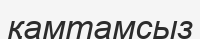
қамтамсыз